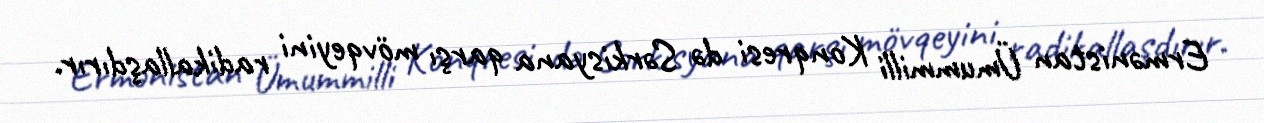
Ermənistan Ümummilli Konqresi də Sərkisyana qarşı mövqeyini radikallaşdırır.